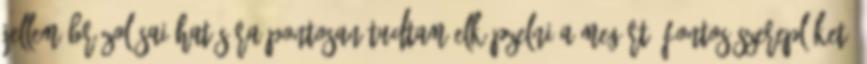
Jellemábrázolásai hatására pontosan tudtam elképzelni a megírt, fontos szereplőket.